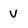
Character: V